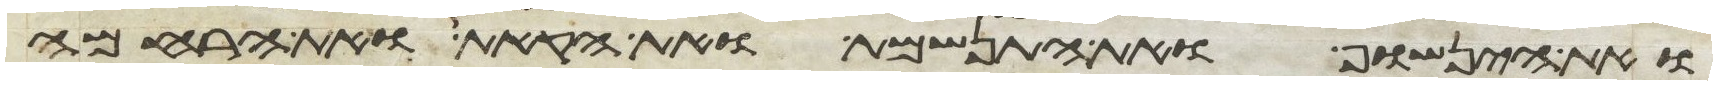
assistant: ואת הינשוף ואת התנשמת ואת הקאת ואת הרחמה